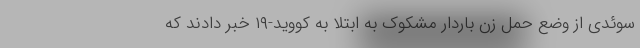
سوئدی از وضع حمل زن باردار مشکوک به ابتلا به کووید-۱۹ خبر دادند که